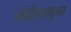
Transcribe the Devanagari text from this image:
नॉर्दलागूना